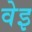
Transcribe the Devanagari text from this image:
वेइ